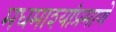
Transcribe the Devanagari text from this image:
मधमाश्यांप्रमाणे